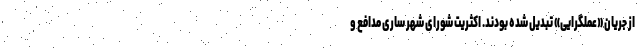
از جریان «عملگرایی» تبدیل شده بودند. اکثریت شورای شهر ساری مدافع و